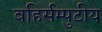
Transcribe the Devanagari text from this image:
बहिर्सम्पुटीय